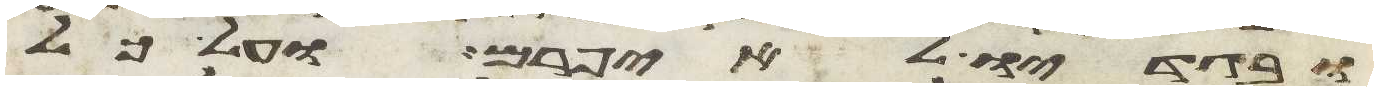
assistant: ובגדיו לא יפרם ועל כל